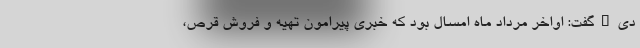
دی"گفت: اواخر مرداد ماه امسال بود که خبری پیرامون تهیه و فروش قرص،